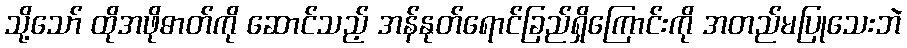
သို့သော် ထိုအဖိုဓာတ်ကို ဆောင်သည့် အန်နုတ်ရောင်ခြည်ရှိကြောင်းကို အတည်မပြုသေးဘဲ